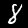
Label: 8